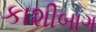
કાશીબાગ